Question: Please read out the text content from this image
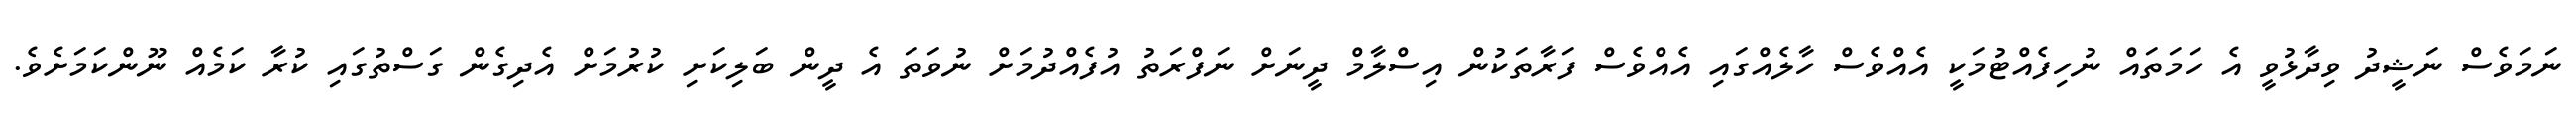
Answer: ނަމަވެސް ނަޝީދު ވިދާޅުވީ އެ ހަމަތައް ނުހިފެއްޓުމަކީ އެއްވެސް ހާލެއްގައި އެއްވެސް ފަރާތަކުން އިސްލާމް ދީނަށް ނަފްރަތު އުފެއްދުމަށް ނުވަތަ އެ ދީން ބަލިކަށި ކުރުމަށް އެދިގެން ގަސްތުގައި ކުރާ ކަމެއް ނޫންކަމަށެވެ.